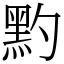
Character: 䵠